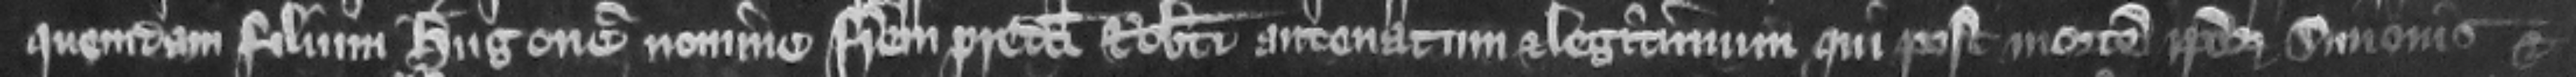
mon et Iohanna quibus predictus Robertus supponit predicta tenementa fuisse data in liberum maritagium habuerunt